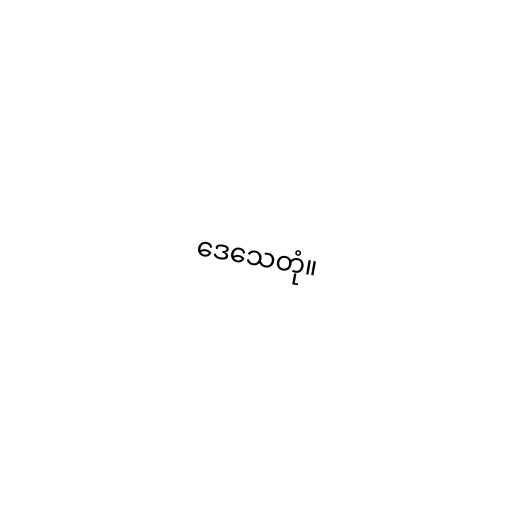
ဒေသေတုံ။